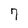
Character: 7